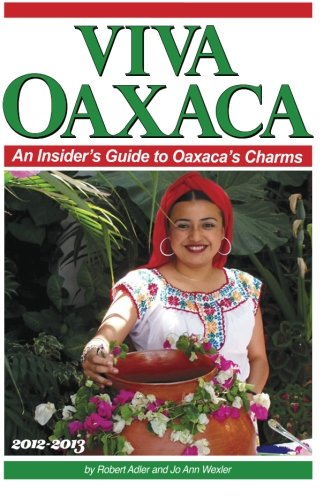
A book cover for Viva Oaxaca: An Insider's Guide to Oaxaca's Charms: 2012-2013; Robert Adler; Travel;